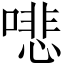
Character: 𠾦